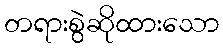
တရားစွဲဆိုထားသော